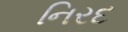
નિરદ